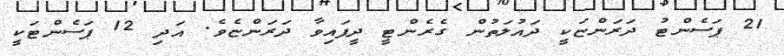
21 ޕަސެންޓު ދަރަންޏަކީ ދައުލަތުން ގެރެންޓީ ދީފައިވާ ދަރަންޏެވެ. އަދި 12 ޕަސެންޓަކީ